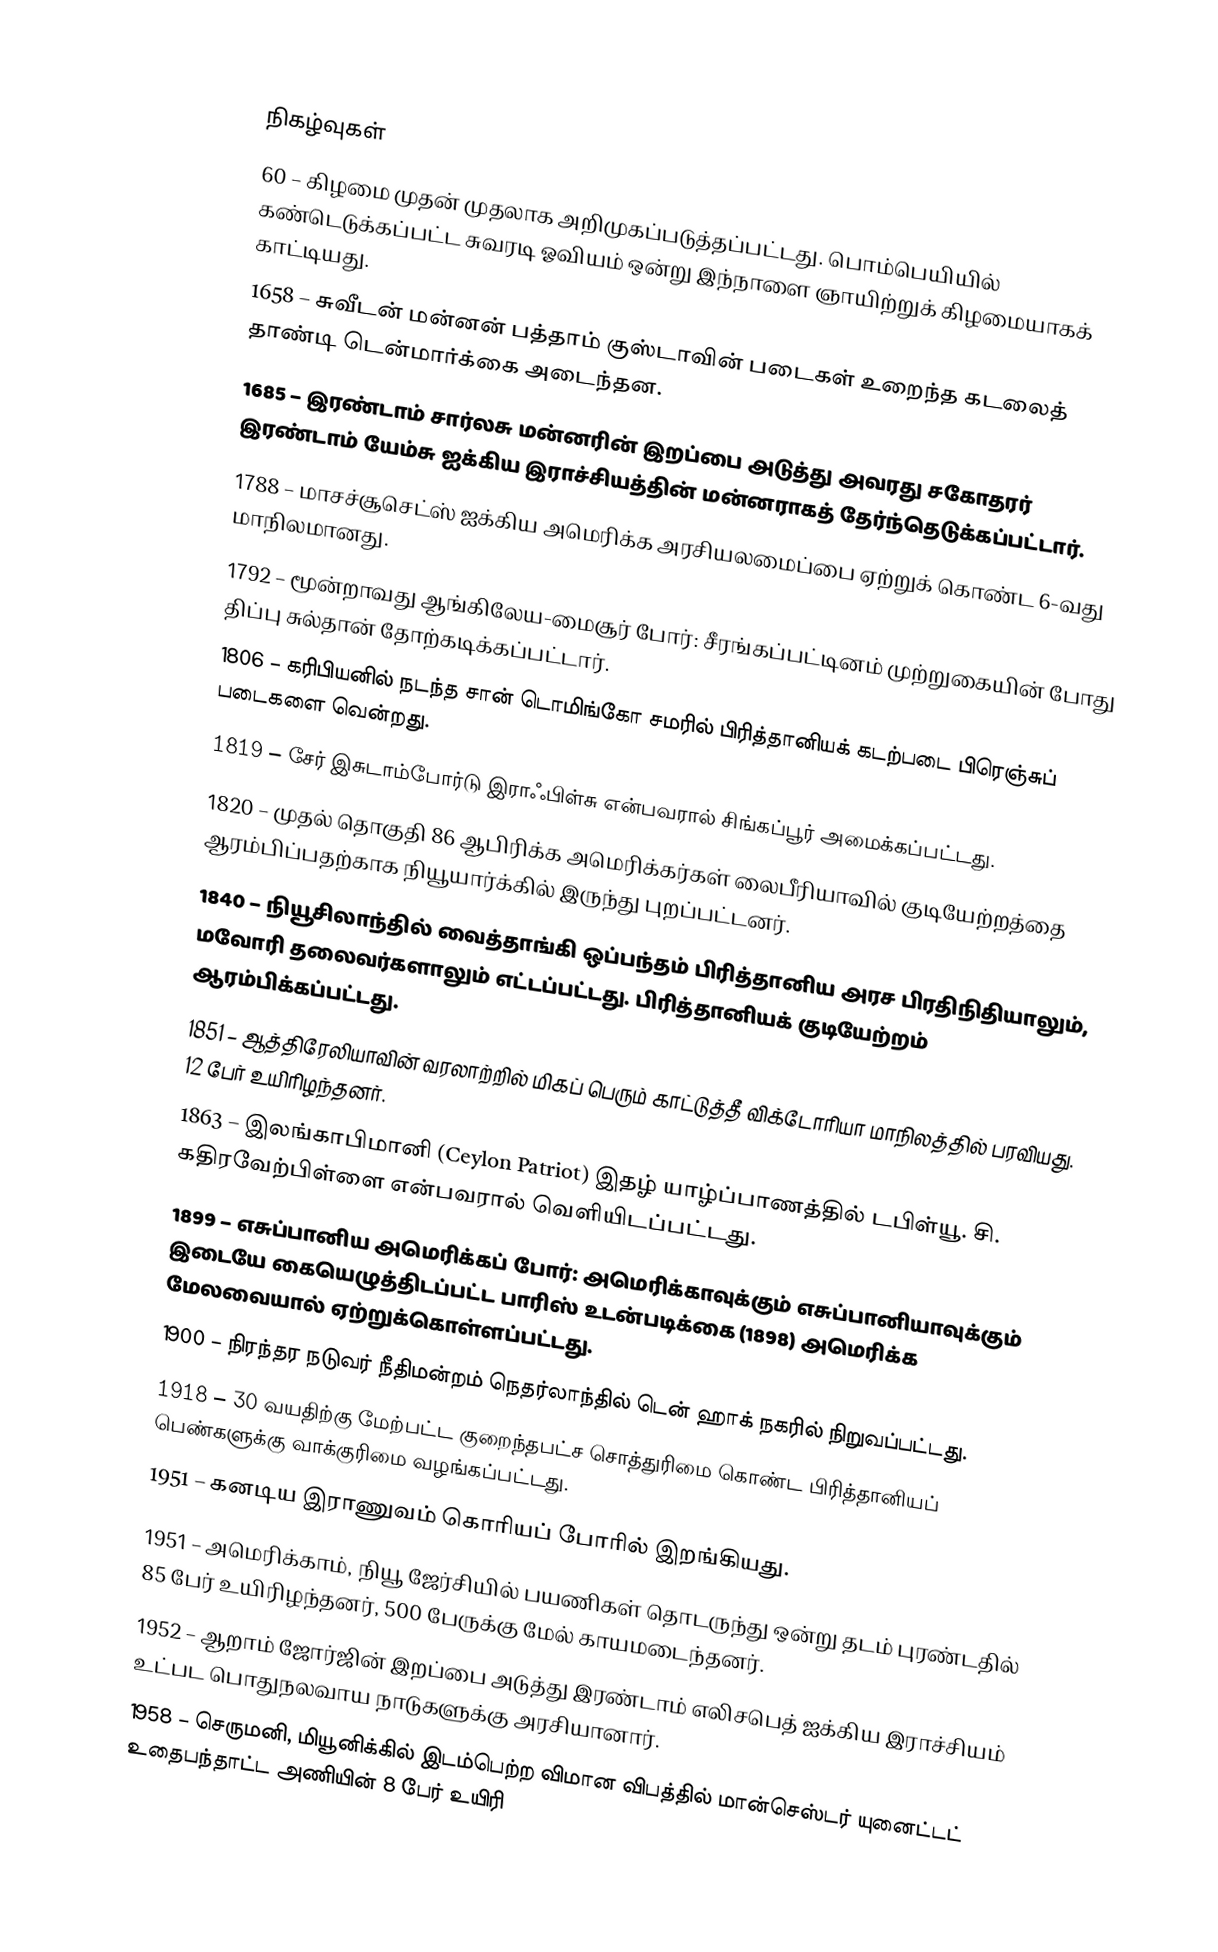

நிகழ்வுகள்
  60 – கிழமை முதன் முதலாக அறிமுகப்படுத்தப்பட்டது. பொம்பெயியில் கண்டெடுக்கப்பட்ட சுவரடி ஓவியம் ஒன்று இந்நாளை ஞாயிற்றுக் கிழமையாகக் காட்டியது.
1658 – சுவீடன் மன்னன் பத்தாம் குஸ்டாவின் படைகள் உறைந்த கடலைத் தாண்டி டென்மார்க்கை அடைந்தன.
1685 – இரண்டாம் சார்லசு மன்னரின் இறப்பை அடுத்து அவரது சகோதரர் இரண்டாம் யேம்சு ஐக்கிய இராச்சியத்தின் மன்னராகத் தேர்ந்தெடுக்கப்பட்டார்.
1788 – மாசச்சூசெட்ஸ் ஐக்கிய அமெரிக்க அரசியலமைப்பை ஏற்றுக் கொண்ட 6-வது மாநிலமானது.
1792 – மூன்றாவது ஆங்கிலேய-மைசூர் போர்: சீரங்கப்பட்டினம் முற்றுகையின் போது திப்பு சுல்தான் தோற்கடிக்கப்பட்டார்.
1806 – கரிபியனில் நடந்த சான் டொமிங்கோ சமரில் பிரித்தானியக் கடற்படை பிரெஞ்சுப் படைகளை வென்றது.
1819 – சேர் இசுடாம்போர்டு இராஃபிள்சு என்பவரால் சிங்கப்பூர் அமைக்கப்பட்டது.
1820 – முதல் தொகுதி 86 ஆபிரிக்க அமெரிக்கர்கள் லைபீரியாவில் குடியேற்றத்தை ஆரம்பிப்பதற்காக நியூயார்க்கில் இருந்து புறப்பட்டனர்.
1840 – நியூசிலாந்தில் வைத்தாங்கி ஒப்பந்தம் பிரித்தானிய அரச பிரதிநிதியாலும், மவோரி தலைவர்களாலும் எட்டப்பட்டது. பிரித்தானியக் குடியேற்றம் ஆரம்பிக்கப்பட்டது.
1851 – ஆத்திரேலியாவின் வரலாற்றில் மிகப் பெரும் காட்டுத்தீ விக்டோரியா மாநிலத்தில் பரவியது. 12 பேர் உயிரிழந்தனர்.
1863 – இலங்காபிமானி (Ceylon Patriot) இதழ் யாழ்ப்பாணத்தில் டபிள்யூ. சி. கதிரவேற்பிள்ளை என்பவரால் வெளியிடப்பட்டது.
1899 – எசுப்பானிய அமெரிக்கப் போர்: அமெரிக்காவுக்கும் எசுப்பானியாவுக்கும் இடையே கையெழுத்திடப்பட்ட பாரிஸ் உடன்படிக்கை (1898) அமெரிக்க மேலவையால் ஏற்றுக்கொள்ளப்பட்டது.
1900 – நிரந்தர நடுவர் நீதிமன்றம் நெதர்லாந்தில் டென் ஹாக் நகரில் நிறுவப்பட்டது.
1918 – 30 வயதிற்கு மேற்பட்ட குறைந்தபட்ச சொத்துரிமை கொண்ட பிரித்தானியப் பெண்களுக்கு வாக்குரிமை வழங்கப்பட்டது.
1951 – கனடிய இராணுவம் கொரியப் போரில் இறங்கியது.
1951 – அமெரிக்காம், நியூ ஜேர்சியில் பயணிகள் தொடருந்து ஒன்று தடம் புரண்டதில் 85 பேர் உயிரிழந்தனர், 500 பேருக்கு மேல் காயமடைந்தனர்.
1952 – ஆறாம் ஜோர்ஜின் இறப்பை அடுத்து இரண்டாம் எலிசபெத் ஐக்கிய இராச்சியம் உட்பட பொதுநலவாய நாடுகளுக்கு அரசியானார்.
1958 – செருமனி, மியூனிக்கில் இடம்பெற்ற விமான விபத்தில் மான்செஸ்டர் யுனைட்டட் உதைபந்தாட்ட அணியின் 8 பேர் உயிரி